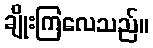
ချိုးကြလေသည်။